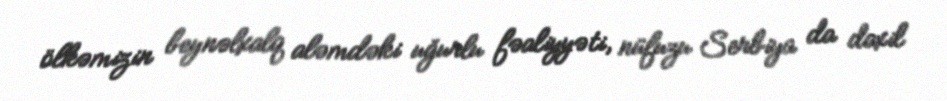
ölkəmizin beynəlxalq aləmdəki uğurlu fəaliyyəti, nüfuzu Serbiya da daxil